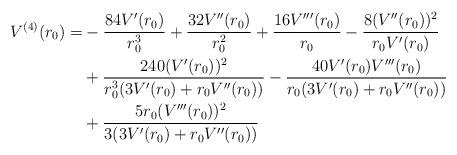
LaTeX: \begin{align*}\begin{aligned}V^{(4)}(r_0)=&-\frac{84 V'(r_0)}{r_0^3}+\frac{32 V''(r_0)}{r_0^2}+\frac{16V'''(r_0)}{r_0}-\frac{8(V''(r_0))^2}{r_0V'(r_0)}\\&+\frac{240(V'(r_0))^2}{r_0^3(3V'(r_0)+r_0V''(r_0))}-\frac{40V'(r_0)V'''(r_0)}{r_0(3V'(r_0)+r_0V''(r_0))}\\&+\frac{5r_0(V'''(r_0))^2}{3(3V'(r_0)+r_0V''(r_0))}\end{aligned}\end{align*}